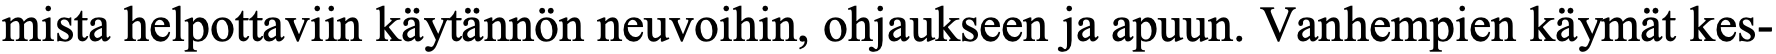
mista helpottaviin käytännön neuvoihin, ohjaukseen ja apuun. Vanhempien käymät kes-